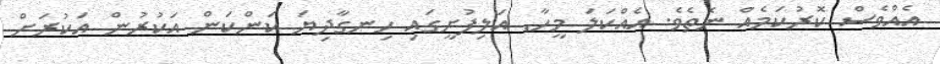
އެއްވެސް ކޮރުކަމެއް ނެތެވެ. އެއްކަލަ މީހާ